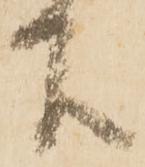
下